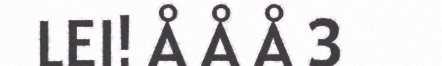
LEI! Å Å Å 3